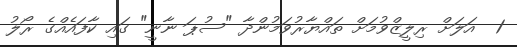
1  އަލަށް ރިލީޒްވުމަށް ތައްޔާރުވަމުންދާ "ސުޕަ ނާނީ" ގައި ކާފައެއްގެ ރޯލު